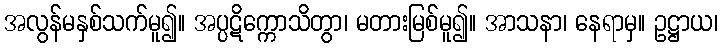
အလွန်မနှစ်သက်မူ၍။ အပ္ပဋိက္ကောသိတွာ၊ မတားမြစ်မူ၍။ အာသနာ၊ နေရာမှ။ ဥဋ္ဌာယ၊